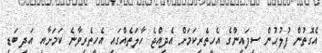
އެގޮތުން ފުލުހުން ސިފައިންގެ އެހީތެރިކަމަށް އެދިއްޖެ ހާލަތެއްގައި އެހީތެރިވާނެ ކަމަށާއި އަދި ބަޑި